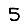
Digit: 5